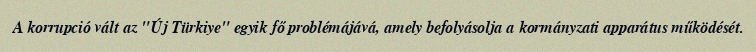
A korrupció vált az "Új Türkiye" egyik fő problémájává, amely befolyásolja a kormányzati apparátus működését.